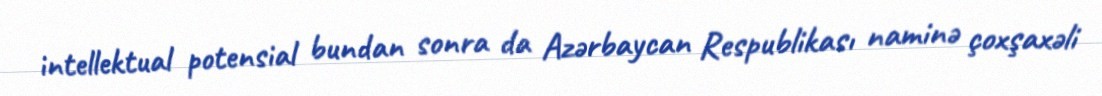
intellektual potensial bundan sonra da Azərbaycan Respublikası naminə çoxşaxəli